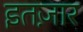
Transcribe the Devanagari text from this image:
इतज़ार